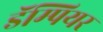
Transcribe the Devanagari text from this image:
डॅम्पियर